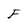
Character: F